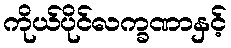
ကိုယ်ပိုင်လက္ခဏာနှင့်